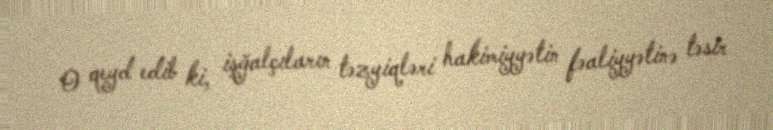
O qeyd edib ki, işğalçıların təzyiqləri hakimiyyətin fəaliyyətinə təsir